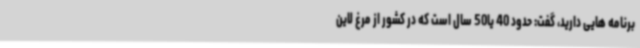
برنامه هایی دارید، گفت: حدود 40 یا50 سال است که در کشور از مرغ لاین